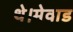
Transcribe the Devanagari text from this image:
थे।मेवाड